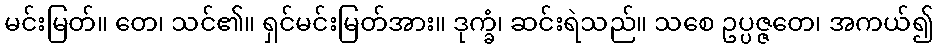
မင်းမြတ်။ တေ၊ သင်၏။ ရှင်မင်းမြတ်အား။ ဒုက္ခံ၊ ဆင်းရဲသည်။ သစေ ဥပ္ပဇ္ဇတေ၊ အကယ်၍